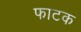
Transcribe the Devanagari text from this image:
फाटक